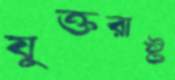
যুক্তরাষ্ট